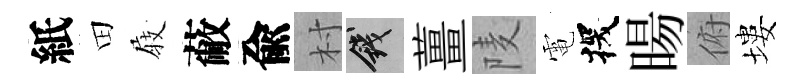
紙田𡲆蔽兪村錢薑𨹧電探暘俯塿